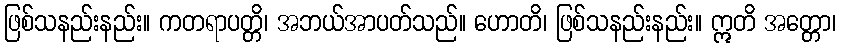
ဖြစ်သနည်းနည်း။ ကတရာပတ္တိ၊ အဘယ်အာပတ်သည်။ ဟောတိ၊ ဖြစ်သနည်းနည်း။ ဣတိ အတ္တော၊